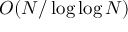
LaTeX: O ( N / \log \log N )